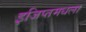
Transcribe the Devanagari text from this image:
इजिप्तमधला